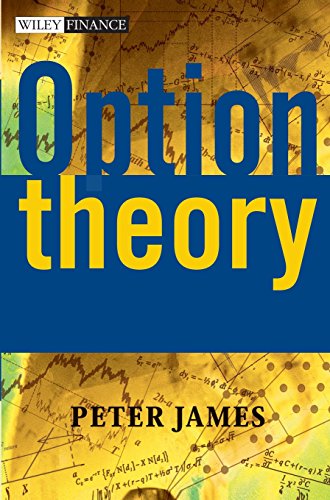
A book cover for Option Theory; Peter James; Business & Money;